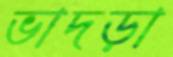
ভাদড়া